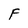
Character: F